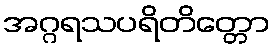
အဂ္ဂရသပရိတိတ္တော